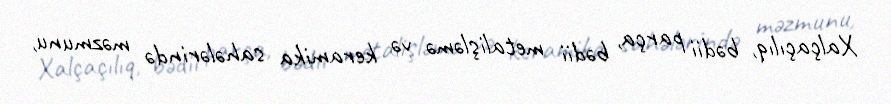
Xalçaçılıq, bədii parça, bədii metalişləmə və keramika sahələrində məzmunu,